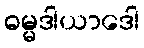
ဓမ္မဒါယာဒေါ